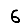
Digit: 6